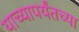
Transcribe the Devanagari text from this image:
याच्यापर्यंतच्या